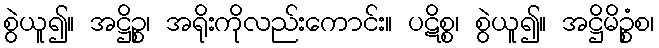
စွဲယူ၍။ အဋ္ဌိဉ္စ၊ အရိုးကိုလည်းကောင်း။ ပဋိစ္စ၊ စွဲယူ၍။ အဋ္ဌိမိဉ္စံစ၊